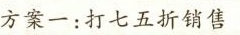
方案一：打七五折销售